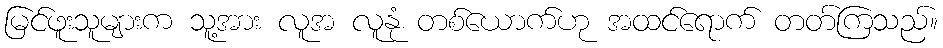
မြင်ဖူးသူများက သူ့အား လူအ လူနုံ တစ်ယောက်ဟု အထင်ရောက် တတ်ကြသည်။